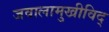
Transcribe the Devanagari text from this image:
जवालामुखीविद्